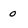
Character: o